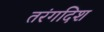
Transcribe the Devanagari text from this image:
तरंगदिश